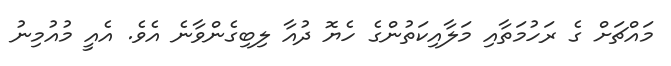
މައްޗަށް ގެ ރަހުމަތާއި މަލާއިކަތުންގެ ހެޔޮ ދުއާ ލިބިގެންވާނެ އެވެ. އެއީ މުއުމިނު